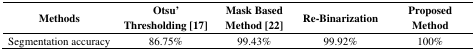
<table><thead><tr><td><b>Methods</b></td><td><b>Otsu&#x27; Thresholding [17]</b></td><td><b>Mask Based Method [22]</b></td><td><b>Re-Binarization</b></td><td><b>Proposed Method</b></td></tr></thead><tbody><tr><td>Segmentation accuracy</td><td>86.75%</td><td>99.43%</td><td>99.92%</td><td>100%</td></tr></tbody></table>